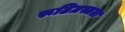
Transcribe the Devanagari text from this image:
रूढिग्रस्तता